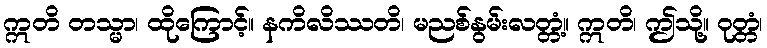
ဣတိ တသ္မာ၊ ထိုကြောင့်။ နကိလိဿတိ၊ မညစ်နွမ်းလတ္တံ့။ ဣတိ၊ ဤသို့။ ဝုတ္တံ၊